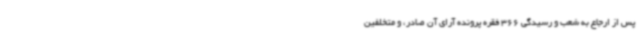
پس از ارجاع به شعب و رسیدگی 366 فقره پرونده آرای آن صادر، و متخلفین